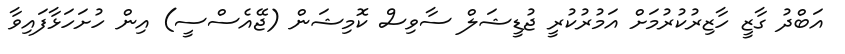
އަބްދު ގާޒީ ހާޒިރުކުރުމަށް އަމުރުކުރީ ޖުޑީޝަލް ސާވިސް ކޮމިޝަން (ޖޭއެސްސީ) އިން ހުށަހަޅާފައިވާ